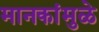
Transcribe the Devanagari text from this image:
मानकांमुळे